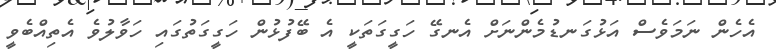
އެހެން ނަމަވެސް އަޅުގަނޑުމެންނަށް އެނގޭ ހަގީގަތަކީ އެ ބޭފުޅުން ހަގީގަތުގައި ހަވާލުވެ އެތިއްބެވީ